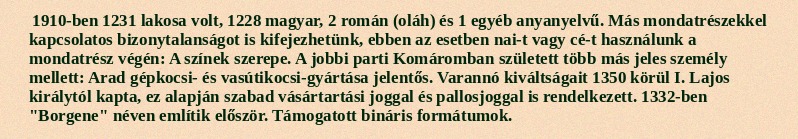
1910-ben 1231 lakosa volt, 1228 magyar, 2 román (oláh) és 1 egyéb anyanyelvű. Más mondatrészekkel kapcsolatos bizonytalanságot is kifejezhetünk, ebben az esetben nai-t vagy cé-t használunk a mondatrész végén: A színek szerepe. A jobbi parti Komáromban született több más jeles személy mellett: Arad gépkocsi- és vasútikocsi-gyártása jelentős. Varannó kiváltságait 1350 körül I. Lajos királytól kapta, ez alapján szabad vásártartási joggal és pallosjoggal is rendelkezett. 1332-ben "Borgene" néven említik először. Támogatott bináris formátumok.